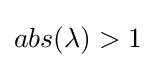
abs(\lambda )>1